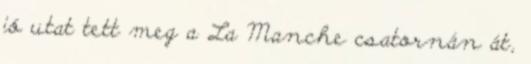
jó utat tett meg a La Manche csatornán át,